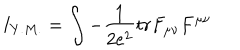
LaTeX: I _ { Y . M . } = \int - \frac { 1 } { 2 e ^ { 2 } } t r F _ { \mu \nu } F ^ { \mu \nu }